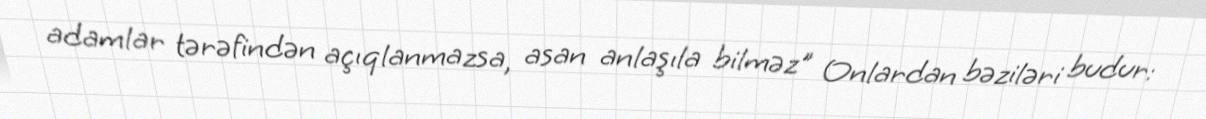
adamlar tərəfindən açıqlanmazsa, asan anlaşıla bilməz" Onlardan bəziləri budur: